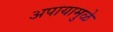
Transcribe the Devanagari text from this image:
अपायामुळे